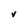
Character: v